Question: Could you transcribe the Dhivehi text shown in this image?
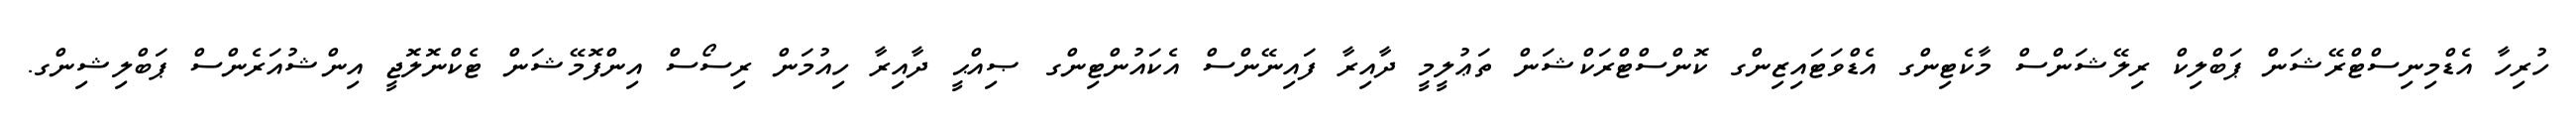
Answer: ހުރިހާ އެޑްމިނިސްޓްރޭޝަން ޕަބްލިކް ރިލޭޝަންސް މާކެޓިންގ އެޑްވަޓައިޒިންގ ކޮންސްޓްރަކްޝަން ތަޢުލީމީ ދާއިރާ ފައިނޭންސް އެކައުންޓިންގ ޞިއްޙީ ދާއިރާ ހިއުމަން ރިސޯސް އިންފޮމޭޝަން ޓެކްނޮލޮޖީ އިންޝުއަރެންސް ޕަބްލިޝިންގ.